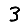
Digit: 3